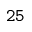
\mathtt { 2 5 }